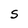
Character: S